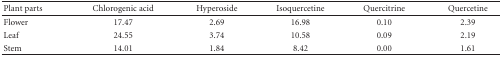
<table><thead><tr><td><b> Plant parts</b></td><td><b>Chlorogenic acid</b></td><td><b>Hyperoside</b></td><td><b>Isoquercetine</b></td><td><b>Quercitrine</b></td><td><b>Quercetine</b></td></tr></thead><tbody><tr><td>Flower</td><td>17.47</td><td>2.69</td><td>16.98</td><td>0.10</td><td>2.39</td></tr><tr><td>Leaf</td><td>24.55</td><td>3.74</td><td>10.58</td><td>0.09</td><td>2.19</td></tr><tr><td>Stem</td><td>14.01</td><td>1.84</td><td>8.42</td><td>0.00</td><td>1.61</td></tr></tbody></table>